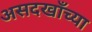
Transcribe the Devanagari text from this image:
असदखाँच्या